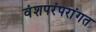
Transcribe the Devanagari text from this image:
वंशपरंपरांगत